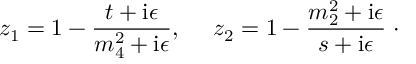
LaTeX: z _ { 1 } = 1 - \frac { t + \mathrm { i } \epsilon } { m _ { 4 } ^ { 2 } + \mathrm { i } \epsilon } , ~ ~ ~ ~ z _ { 2 } = 1 - \frac { m _ { 2 } ^ { 2 } + \mathrm { i } \epsilon } { s + \mathrm { i } \epsilon } \; \cdot